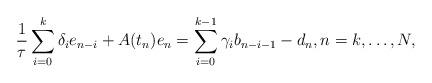
LaTeX: \begin{align*}\frac{1}{\tau}\sum\limits^{k}_{i=0}\delta_i e_{n-i} + A(t_n)e_n=\sum\limits^{k-1}_{i=0}\gamma_ib_{n-i-1}-d_n,n=k,\dotsc,N,\end{align*}